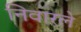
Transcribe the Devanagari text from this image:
निवारले